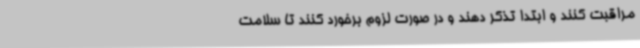
مراقبت کنند و ابتدا تذکر دهند و در صورت لزوم برخورد کنند تا سلامت